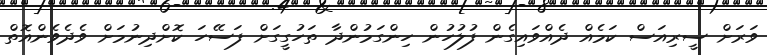
ވަރަށް ސީރިއަސް ކަމެއް ދެއްވައިގެން ފުލުހުން ހިންގަމުންދާ ތަހުގީގަށް ފަސޭހަ ކޮށްދިނުމަށް ވެދެވެންއޮތް